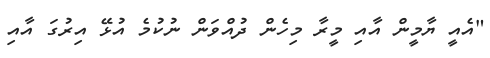
"އެއީ ޔާމީން އާއި މީރާ މިހެން ދުއްވަން ނުކުމެ އުޅޭ އިރުގަ އާއި